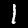
Digit: 1